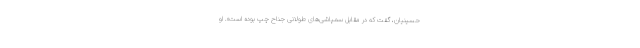
حسینیان، گفت ‌كه در مقابل سمپاشى‌هاى طولانى جناح چپ بوده است». او